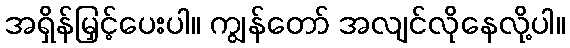
အရှိန်မြှင့်ပေးပါ။ ကျွန်တော် အလျင်လိုနေလို့ပါ။